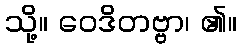
သို့။ ဝေဒိတဗ္ဗာ၊ ၏။